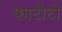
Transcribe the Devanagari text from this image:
फाटोटो